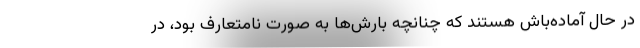
در حال آماده‌باش هستند که چنانچه بارش‌ها به صورت نامتعارف بود، در